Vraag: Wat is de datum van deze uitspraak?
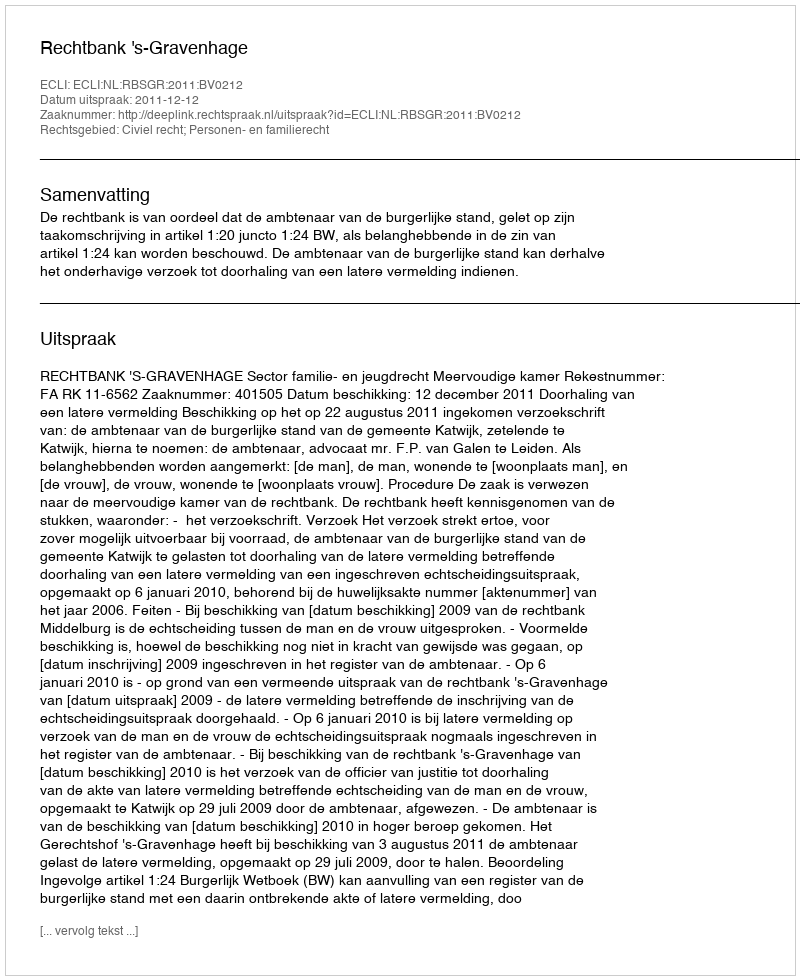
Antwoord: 2011-12-12